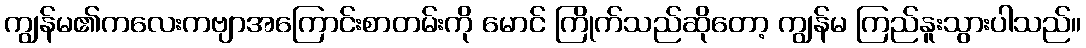
ကျွန်မ၏ကလေးကဗျာအကြောင်းစာတမ်းကို မောင် ကြိုက်သည်ဆိုတော့ ကျွန်မ ကြည်နူးသွားပါသည်။